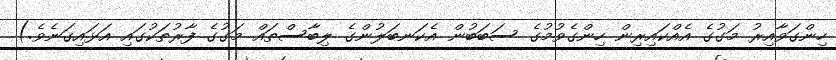
ހިންގަވާއިރު މަގުގެ އެއްކައިރިން ހިންގެވުމުގެ ސަބަބުން އެކަނބަލުންގެ ލިބާސްތައް މަގުގެ ފާރުތަކުގައި އަޅައިގަނެވެ.)